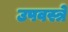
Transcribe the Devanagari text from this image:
उपवस्त्रे